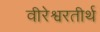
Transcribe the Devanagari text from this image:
वीरेश्वरतीर्थ